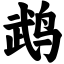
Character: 鹉